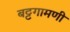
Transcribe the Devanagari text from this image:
बट्टगामणी